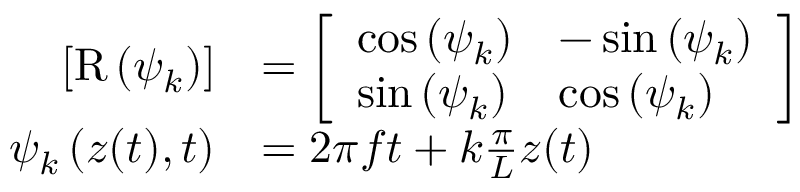
\begin{array} { r l } { \left[ \mathrm { R } \left( \psi _ { k } \right) \right] } & { = \left[ \begin{array} { l l } { \cos \left( \psi _ { k } \right) } & { - \sin \left( \psi _ { k } \right) } \\ { \sin \left( \psi _ { k } \right) } & { \cos \left( \psi _ { k } \right) } \end{array} \right] } \\ { \psi _ { k } \left( z ( t ) , t \right) } & { = 2 \pi f t + k \frac { \pi } { L } z ( t ) } \end{array}